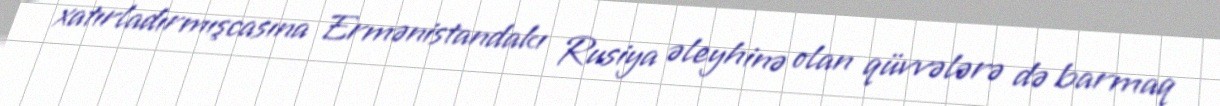
xatırladırmışcasına Ermənistandakı Rusiya əleyhinə olan qüvvələrə də barmaq